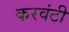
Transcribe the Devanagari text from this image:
करवंटी